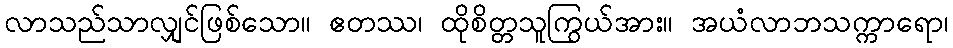
လာသည်သာလျှင်ဖြစ်သော။ ဧတဿ၊ ထိုစိတ္တသူကြွယ်အား။ အယံလာဘသက္ကာရော၊